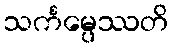
သင်္ကမ္ပေဿတိ